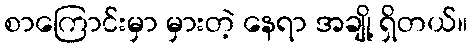
စာကြောင်းမှာ မှားတဲ့ နေရာ အချို့ ရှိတယ်။